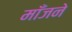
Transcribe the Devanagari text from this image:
माँजने